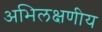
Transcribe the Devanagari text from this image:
अभिलक्षणीय